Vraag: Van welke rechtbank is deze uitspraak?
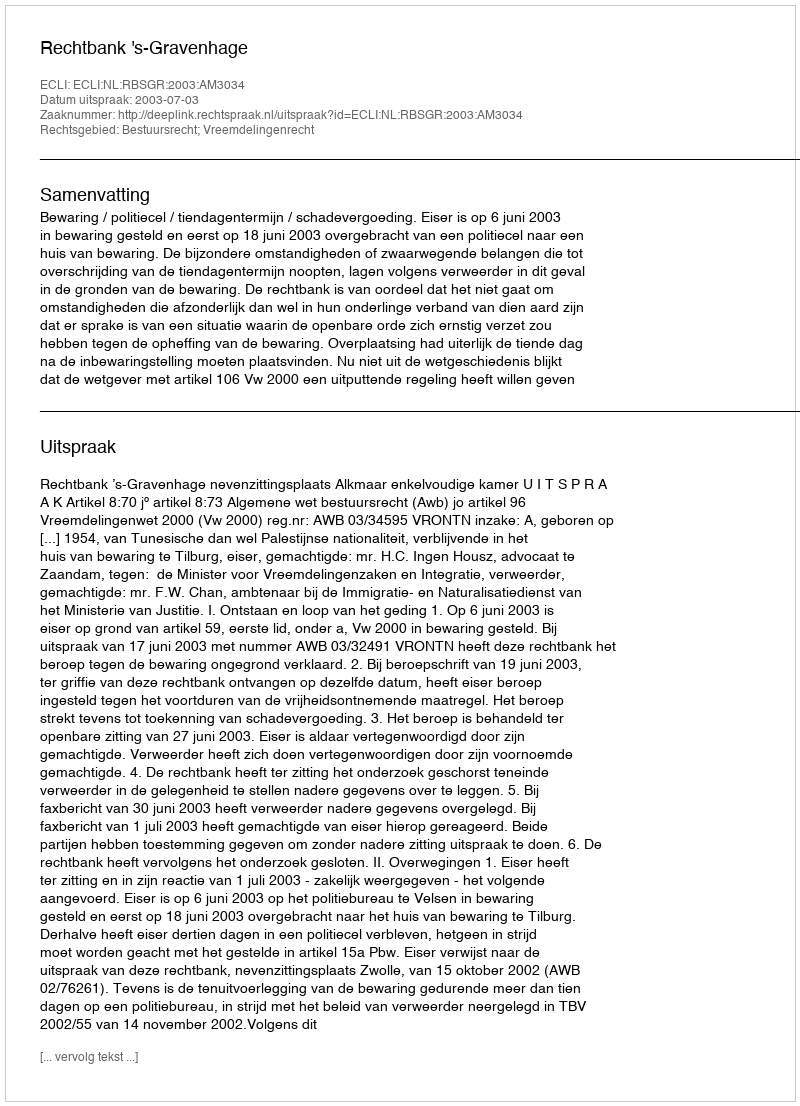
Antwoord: Rechtbank 's-Gravenhage